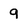
Character: 9